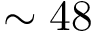
\sim 4 8